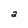
Character: a